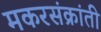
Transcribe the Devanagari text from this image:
मकरसंक्रांती